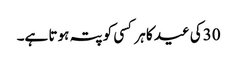
30کی عید کا ہر کسی کو پتہ ہوتا ہے۔